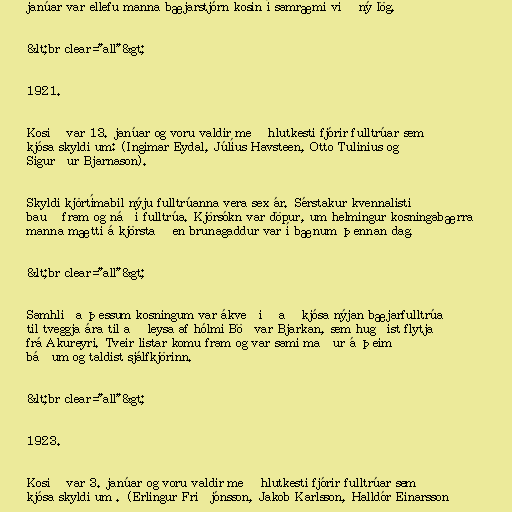
janúar var ellefu manna bæjarstjórn kosin í samræmi við ný lög.

&lt;br clear="all"&gt;

1921.

Kosið var 13. janúar og voru valdir með hlutkesti fjórir fulltrúar sem
kjósa skyldi um: (Ingimar Eydal, Júlíus Havsteen, Otto Tulinius og
Sigurður Bjarnason).

Skyldi kjörtímabil nýju fulltrúanna vera sex ár. Sérstakur kvennalisti
bauð fram og náði fulltrúa. Kjörsókn var döpur, um helmingur kosningabærra
manna mætti á kjörstað en brunagaddur var í bænum þennan dag.

&lt;br clear="all"&gt;

Samhliða þessum kosningum var ákveðið að kjósa nýjan bæjarfulltrúa
til tveggja ára til að leysa af hólmi Böðvar Bjarkan, sem hugðist flytja
frá Akureyri. Tveir listar komu fram og var sami maður á þeim
báðum og taldist sjálfkjörinn.

&lt;br clear="all"&gt;

1923.

Kosið var 3. janúar og voru valdir með hlutkesti fjórir fulltrúar sem
kjósa skyldi um . (Erlingur Friðjónsson, Jakob Karlsson, Halldór Einarsson